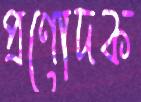
প্রণোদক